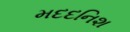
મદદનિશ